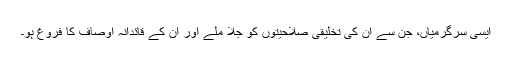
ایسی سرگرمیاں، جن سے ان کی تخلیقی صلاحیتوں کو جلا ملے اور ان کے قائدانہ اوصاف کا فروغ ہو۔